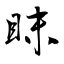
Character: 眜